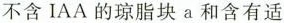
单不含IAA的琼脂块a和含有适